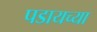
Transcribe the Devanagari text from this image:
पडायच्या